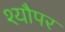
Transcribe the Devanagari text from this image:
श्यौपर